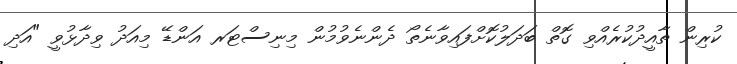
ކުރިން ތާއީދުކުރެއްވި ގޮތް ބަދަލުކޮށްފައިވާނެތޯ ދެންނެވުމުން މިނިސްޓަރ އަންޑޭ މިއަދު ވިދާޅުވީ "އަދި